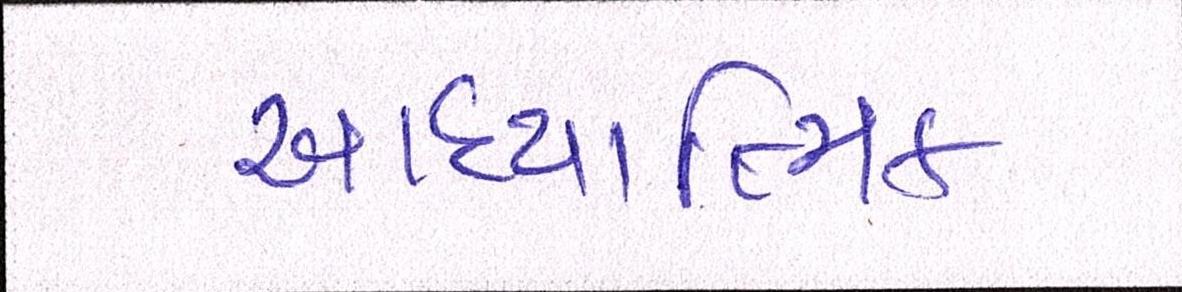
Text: આધ્યાત્મિક